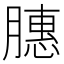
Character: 𫆵